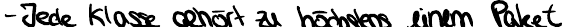
- Jede Klasse gehört zu höchstens einem Paket